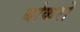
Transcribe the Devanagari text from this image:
बोकरो